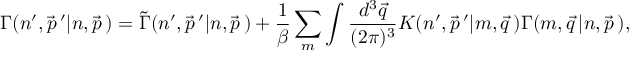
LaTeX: \Gamma ( n ^ { \prime } , \vec { p } \, ^ { \prime } \vert n , \vec { p } \, ) = \tilde { \Gamma } ( n ^ { \prime } , \vec { p } \, ^ { \prime } \vert n , \vec { p } \, ) + { \frac { 1 } { \beta } } \sum _ { m } \int { \frac { d ^ { 3 } \vec { q } } { ( 2 \pi ) ^ { 3 } } } K ( n ^ { \prime } , \vec { p } \, ^ { \prime } \vert m , \vec { q } \, ) \Gamma ( m , \vec { q } \, \vert n , \vec { p } \, ) ,